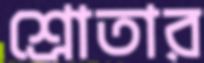
শ্রোতার